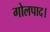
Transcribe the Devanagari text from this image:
गोलपाद।